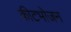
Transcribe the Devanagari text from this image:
कीटभोजन